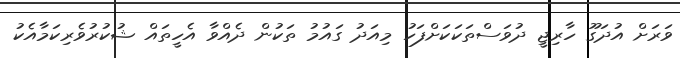
ވަރަށް އުދަގޫ ހާރިޖީ ދުވަސްތަކަކަށްފަހު މިއަދު ގައުމު ތަކުން ދެއްވާ އެހީތައް ޝުކުރުވެރިކަމާއެކު